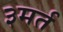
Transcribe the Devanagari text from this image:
३मर्त